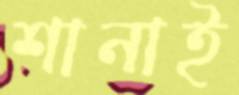
শানাই